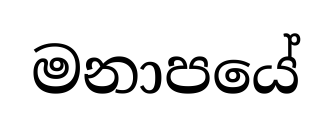
මනාපයේ